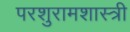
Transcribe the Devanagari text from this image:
परशुरामशास्त्री